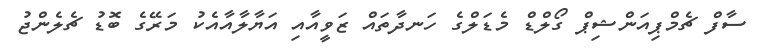
ސާފް ޗެމްޕިއަންޝިޕް ގޯލްޑް މެޑަލްގެ ހަނދާތައް ޒަވީއާއި އަޔާލާއާއެކު މަރޭގެ ބޮޑު ޗެލެންޖު